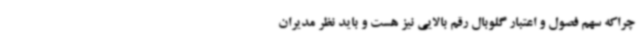
چراکه سهم فصول و اعتبار گلوبال رقم بالایی نیز هست و باید نظر مدیران